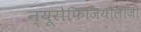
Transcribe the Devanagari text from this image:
न्यूरोफिजियोलॉजी